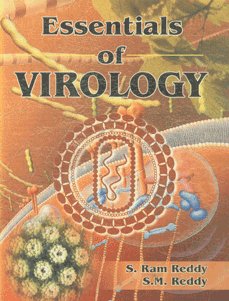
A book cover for Essentials of Virology; Ram Reddy; Medical Books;